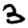
Digit: 3